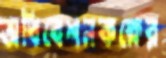
অধিবেশনকক্ষের